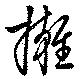
擁